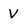
Character: V